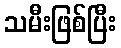
သမီးဖြစ်ပြီး